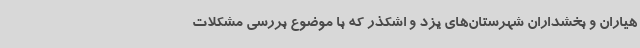
هیاران و بخشداران شهرستان‌های یزد و اشکذر که با موضوع بررسی مشکلات